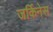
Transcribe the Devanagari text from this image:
जर्किनेस